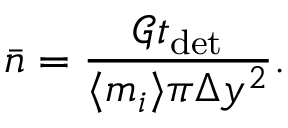
\bar { n } = \frac { \mathcal { G } t _ { \mathrm { d e t } } } { \langle m _ { i } \rangle \pi \Delta y ^ { 2 } } .